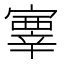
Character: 𡫊